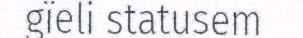
gïeli statusem